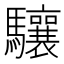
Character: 驤